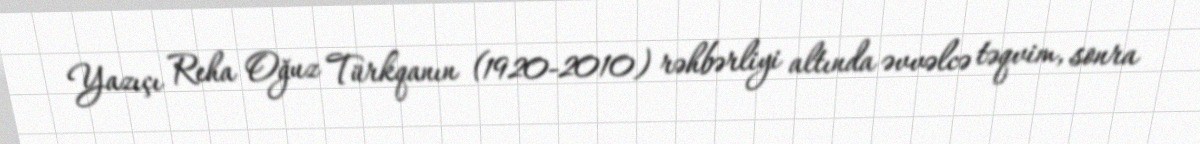
Yazıçı Reha Oğuz Türkqanın (1920-2010) rəhbərliyi altında əvvəlcə təqvim, sonra